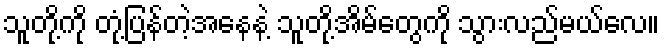
သူတို့ကို တုံ့ပြန်တဲ့အနေနဲ့ သူတို့အိမ်တွေကို သွားလည်မယ်လေ။